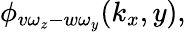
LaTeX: \phi_{v\omega_{z}-w\omega_{y}}(k_{x},y),